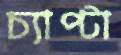
চ্যাপ্টা